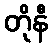
တိုနီ